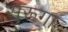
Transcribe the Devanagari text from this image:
सुरूगा